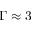
\Gamma \approx 3